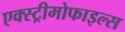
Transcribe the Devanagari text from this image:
एक्स्ट्रीमोफाइल्स